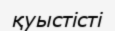
қуыстісті